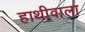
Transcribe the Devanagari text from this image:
हाथीवाला